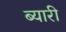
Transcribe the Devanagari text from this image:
ब्यारी